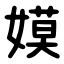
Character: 嫫